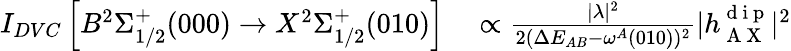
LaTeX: \begin{array}{rl}{I_{DVC}\left[B^{2}\Sigma_{1/2}^{+}(000)\rightarrow X^{2}\Sigma_{1/2}^{+}(010)\right]}&{{}\propto\frac{|\lambda|^{2}}{2(\Delta E_{AB}-\omega^{A}(010))^{2}}|h_{\mathrm{~A~X~}}^{\mathrm{~d~i~p~}}|^{2}}\end{array}